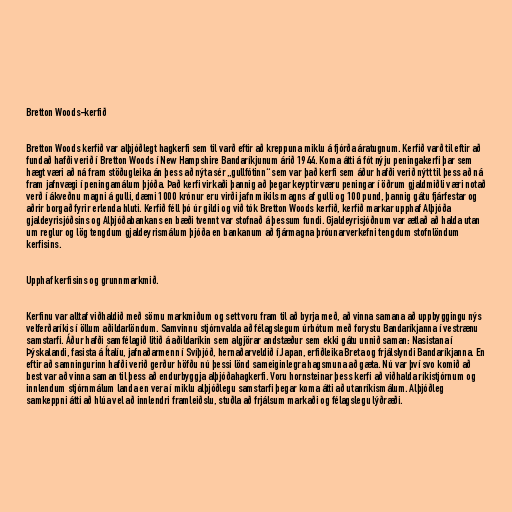
Bretton Woods-kerfið

Bretton Woods kerfið var alþjóðlegt hagkerfi sem til varð eftir að kreppuna miklu á fjórða áratugnum. Kerfið varð til eftir að
fundað hafði verið í Bretton Woods í New Hampshire Bandaríkjunum árið 1944. Koma átti á fót nýju peningakerfi þar sem
hægt væri að ná fram stöðugleika án þess að nýta sér „gullfótinn“ sem var það kerfi sem áður hafði verið nýtt til þess að ná
fram jafnvægi í peningamálum þjóða. Það kerfi virkaði þannig að þegar keyptir væru peningar í öðrum gjaldmiðli væri notað
verð í ákveðnu magni á gulli, dæmi 1000 krónur eru virði jafn mikils magns af gulli og 100 pund, þannig gátu fjárfestar og
aðrir borgað fyrir erlenda hluti. Kerfið féll þó úr gildi og við tók Bretton Woods kerfið, kerfið markar upphaf Alþjóða
gjaldeyrisjóðsins og Alþjóðabankans en bæði tvennt var stofnað á þessum fundi. Gjaldeyrisjóðnum var ætlað að halda utan
um reglur og lög tengdum gjaldeyrismálum þjóða en bankanum að fjármagna þróunarverkefni tengdum stofnlöndum
kerfisins.

Upphaf kerfisins og grunnmarkmið.

Kerfinu var alltaf viðhaldið með sömu markmiðum og sett voru fram til að byrja með, að vinna samana að uppbyggingu nýs
velferðaríkis í öllum aðildarlöndum. Samvinnu stjórnvalda að félagslegum úrbótum með forystu Bandaríkjanna í vestrænu
samstarfi. Áður hafði samfélagið litið á aðildaríkin sem algjörar andstæður sem ekki gátu unnið saman: Nasistana í
Þýskalandi, fasista á Ítalíu, jafnaðarmenn í Svíþjóð, hernaðarveldið í Japan, erfiðleika Breta og frjálslyndi Bandaríkjanna. En
eftir að samningurinn hafði verið gerður höfðu nú þessi lönd sameiginlegra hagsmuna að gæta. Nú var því svo komið að
best var að vinna saman til þess að endurbyggja alþjóðahagkerfi. Voru hornsteinar þess kerfi að viðhalda ríkistjórnum og
innlendum stjórnmálum landa en vera í miklu alþjóðlegu samstarfi þegar koma átti að utanríkismálum. Alþjóðleg
samkeppni átti að hlúa vel að innlendri framleiðslu, stuðla að frjálsum markaði og félagslegu lýðræði.